Report on sanitation, dispensaries, and jails in Rajputana for 1916, and on vaccination for the year 1916-1917 - 1916-1917
Year: 1916
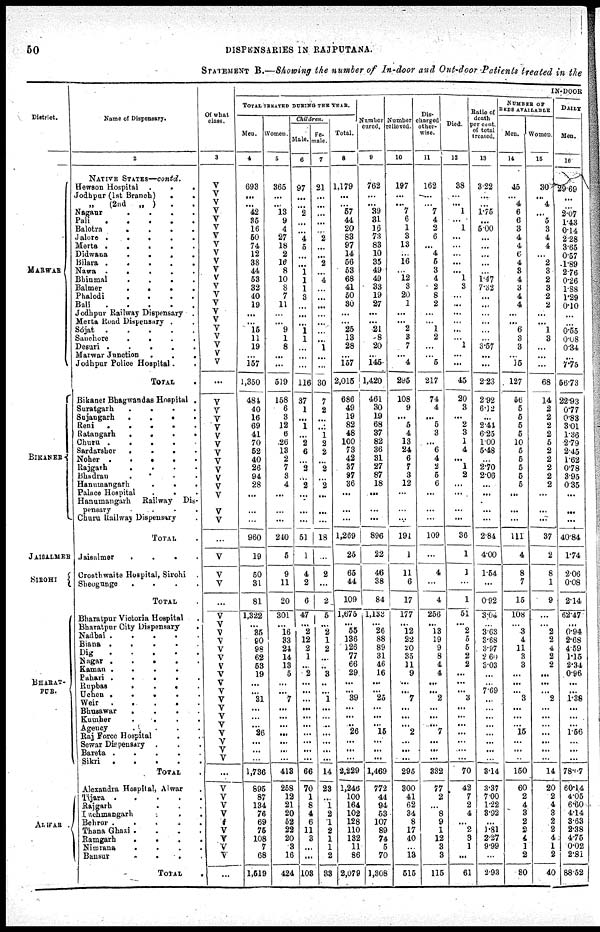
50
DISPENSARIES IN RAJPUTANA.
STATEMENT B.—Showing the number of In-door and Out-door Patients treated in the
District.
MARWAR
BIKANER
JAISALMER
SIROHI
BHARAT¬
PUR.
ALWAR .
Name of Dispensary.
2
NATIVE STATES—contd.
Hewson Hospital .
.
.
Jodhpur (1st
Branch)...
„
(2nd
„
)..
Nagaur
....
Pali
.....
Balotra ....
Jalore .....
Merta .....
Didwana .....
Bilara
Nawa
Bhinmal
...
Balmer
.....
Phalodi.....
Bali
Jodhpur Railway Dispensary .
Merta Road Dispensary.
Sojat
Sanchore....
Desuri
.....
Marwar Junction
.
.
.
Jodhpur Police Hospital . .
TOTAL.
Bikaner Bhagwandas Hospital .
Suratgarh
.
.
.
.
Sujangarh . . . .
Reni . . . .
Ratangarh
.
.
.
.
Churu .
.
.
.
Sardarsher
.
.
.
.
Noher . . . .
Rajgarh . . . .
Bhadran . . . .
Hanumangarh . . . .
Palace Hospital . . . .
Hanumangarh
Railway
Dis-
pensary . . . .
Churu Railway Dispensary.
TOTAL .
Jaisalmer . . . .
Crosthwaite Hospital, Sirohi.
Sheogunge
.
.
.
.
TOTAL .
Bharatpur Victoria Hospital.
Bharatpur City
Dispensary.
Nadbai
Biana . . . . .
Dig
.
.
.
.
.
Nagar . . . . .
Kaman . . . . .
Pahari
Rupbas....
Uchen . . . . .
Weir
Bhusawar
.
.
.
.
Kumher....
Agency....
Raj Force Hospital...
Sewar Dispensary....
Bareta
Sikri
TOTAL .
Alexandra Hospital, Alwar.
Tijara . . . .
Rajgarh . . .
Kuchmangarh . . .
Behror . . .
Thana Ghazi . . .
Ramgarh
.
.
.
.
Nimrana
.
.
.
.
Bansur . . . .
TOTAL .
Of what
class.
3
V
V
V
V
V
V
V
V
V
V
V
V
V V
V
V
V
V
V
V
V
V
...
V
V
V
V V
V
V
V
V
V
V
V
V
V
V
V
V
...
V
V
V
V
V
V
V
V
V
V
V
V
V
V
V
V V
V
...
V
V V
V
V
V
V
V
V
...
IN-DOOR
TOTAL TREATED DURING THE YEAR.
Men.
4
693
...
...
42
35
16
50
74
12
38
44
53
32
40
19
...
...
15
11
19
...
157
1,350
484
40
16
69
41
70
52
40
26
94
28
...
...
...
960
19
50
31
81
1,322
...
35
90
98
62
53
19
...
...
31
...
...
... 26
...
...
...
1,736
895
87
134
76
69
75
108
7
68
1,519
Women
5
365
...
...
13
9
4
27
18
2
16
8
10
8
7
11
...
...
9
1
8
...
...
519
158
6
3
12
6
26
13
2
7
3
4
...
...
...
240
5
9
11
20
301
...
16
33
24
14
13
5
...
...
7
...
...
...
...
...
...
...
418
258
12
21
20
52
22
20
3
16
424
Children.
Male.
6
97
...
...
2
...
...
4
5
...
...
1
1
1
3
...
...
1
1
...
...
...
116
37
1
...
1
...
2
6
...
3
...
2
...
...
...
51
1
4
2
...
47
...
2
12
2
1
...
2
...
...
...
...
...
...
...
...
...
...
66
70
1
8
4
6
11
3
...
...
103
Fe¬
male.
7
21
...
...
...
...
...
2
...
...
2
...
4
...
...
...
...
...
...
...
1
...
...
30
7
2
...
...
1
2
2
...
2
...
2
...
...
...
18
...
2
...
2
5
...
2
1
2
...
...
3
...
...
1
...
...
...
...
...
...
...
14
23
...
1
2
1
2
1
1
2
33
Total.
8
1,179
...
...
57
44
20
83
97
14
56
53
68
41
50
30
...
...
25
13
28
...
157
2,015
686
49
19
82
48
100
73
42
37
97
36
...
...
...
1,269
25
65
44
109
1,675
...
55
136
126
77
66
29
...
...
39
...
...
... 26
...
...
...
2,229
1,246
100
164
102
128
110
132
11
86
2,079
Number
cured.
9
762
...
...
39
31
16
73
83
10
35
49
49
33
19
27
...
...
21
8
20
...
145
1,420
461
30
19
68
37
82
36
31
27
87
18
...
...
...
896
22
46
38
84
1,133
...
26
88
89
31
46
16
...
...
25
...
...
... 15
...
... ...
1.469
772
44
94
53
107
89
74
5
70
1,308
Number
relieved.
10
197
...
...
7
6
1
3
13
...
16
...
12
3
20
1
...
...
2
3
7
...
4
295
108
9
...
5
4
13
24
6
7
3
12
...
...
...
191
1
11
6
17
177
...
12
22
20
35
11
9
...
...
7
...
...
... 2
...
...
...
295
300
41
62
34
8
17
40
...
13
515
Dis-
charged
other-
wise.
11
162
...
...
7
4
2
6
...
4
5
3
4
2
8
2
...
...
1
2
...
...
5
217
74
4
...
5
3
...
6
4
2
5
6
...
...
...
109
...
4
...
4
256
...
13
19
9
8
4
4
...
...
2
...
...
...
7
...
...
...
332
77
2
8
9
1
12
3
3
115
Died.
12
38
...
...
1
...
1
...
...
...
...
...
1
3
...
...
...
...
...
...
1
...
...
45
20
3
...
2
3
1
4
...
1
2
...
...
...
...
36
1
1
...
1
51 ...
2
5
5
2
2
...
...
...
3
...
...
...
...
...
...
...
70
42
7
2
4
...
2
3
1
...
61
Ratio of
death
per cent.
of total
treated.
13
3.22
...
...
1.75
...
5.00
...
...
...
...
...
1.47
7.32
...
...
...
...
3.57
...
...
2.23
2.92
6.12
...
2.41
6.25
100
5.48
...
2.70
2.06
...
...
...
...
2.84
4.00
1.54
...
0.92
3.04
...
3.63
3.68
3.97
2.60
3.03
...
...
7.69
...
...
...
...
...
...
...
...
3.14
3.37
7.00
1.22
3.92
...
1.81
2.27
9.99
...
2.93
NUMBER OF
BEDS AVAILABLE
Men.
14
45
...
4
6
6
3
4
4
6
4
3
4
3
4
4
...
...
6
3
3
...
15
127
56
5
5
5
5
10
6
5
5
5
5
...
...
...
111
4
8
7
15
108
...
3
4
11
3
3
...
...
...
3
...
...
...
15
...
...
...
150
60
2
4
3
2
2
4
1
2
80
Women.
15
30
... 4
5
3
4
4
...
2
3
2
3
2
2
...
...
1
3
...
...
68
14
2
2
2
2
5
2
2
2
2
2
...
...
...
37
2
8
1
9
...
...
2
2
4
2
2
...
...
...
2
...
...
... ...
...
...
...
14
20
2
4
3
2
2
4
1
2
40
DAILY
Men.
16
29.69
...
...
2.07
1.43
0.14
2.28
3.65
0.57
1.89
2.76
0.26
1.88
1.29
0.10
...
...
0.55
0.08
0.34
...
7.75
56.73
22.93
0.77
0.83
3.01
1.36
2.79
2.45
1.62
0.78
3.95
0.35
...
...
...
40.84
1.74
2.06
0.08
2.14
62.47
...
0.94
2.68
4.59
1.15
2.34
0.96
...
...
1.38
...
...
...
1.56
...
...
...
78.17
60.14
4.05
6.60
4.14
3.63
2.38
4.75
0.02
2.81
88.52